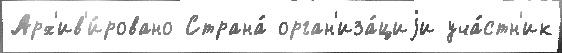
Арх'ив'и́ровано Страна́ орган'иза́циjи уча́стн'ик